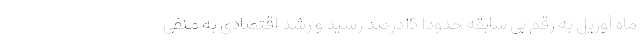
ماه آوریل به رقم بی سابقه حدوداً 15درصد رسید و رشد اقتصادی به منفی